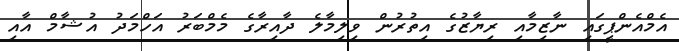
އެމްއެންޕީގައި ނާޒިމާއި ރިޔާޒުގެ އިތުރުން ވިލިމާލެ ދާއިރާގެ މެމްބަރު އަހްމަދު އުޝާމް އާއި